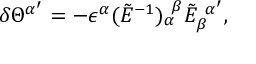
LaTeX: \delta \Theta ^ { \alpha ^ { \prime } } = - \epsilon ^ { \alpha } ( \tilde { E } ^ { - 1 } ) _ { \alpha } ^ { \ \beta } \tilde { E } _ { \beta } ^ { \ \alpha ^ { \prime } } ,